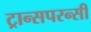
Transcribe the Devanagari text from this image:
ट्रान्सपरन्सी